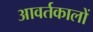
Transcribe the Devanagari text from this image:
आवर्तकालों